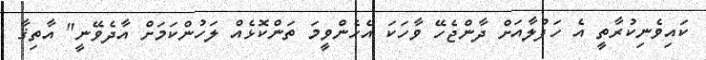
ކައިވެނިކުރާތީ އެ ހަފުލާއަށް ދާންޖެހޭ ވާހަކަ އެހެންވީމަ ތަންކޮޅެއް ލަހުންކަމަށް އާދެވޭނީ" އާތިޤާ